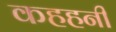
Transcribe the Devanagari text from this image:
कहहनी